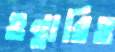
ওন্তারিও